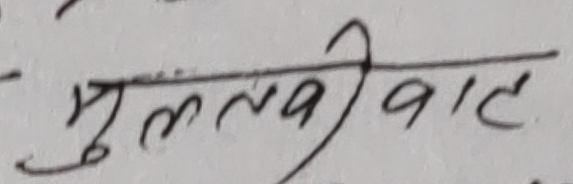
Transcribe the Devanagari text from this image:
मुलतबीवात